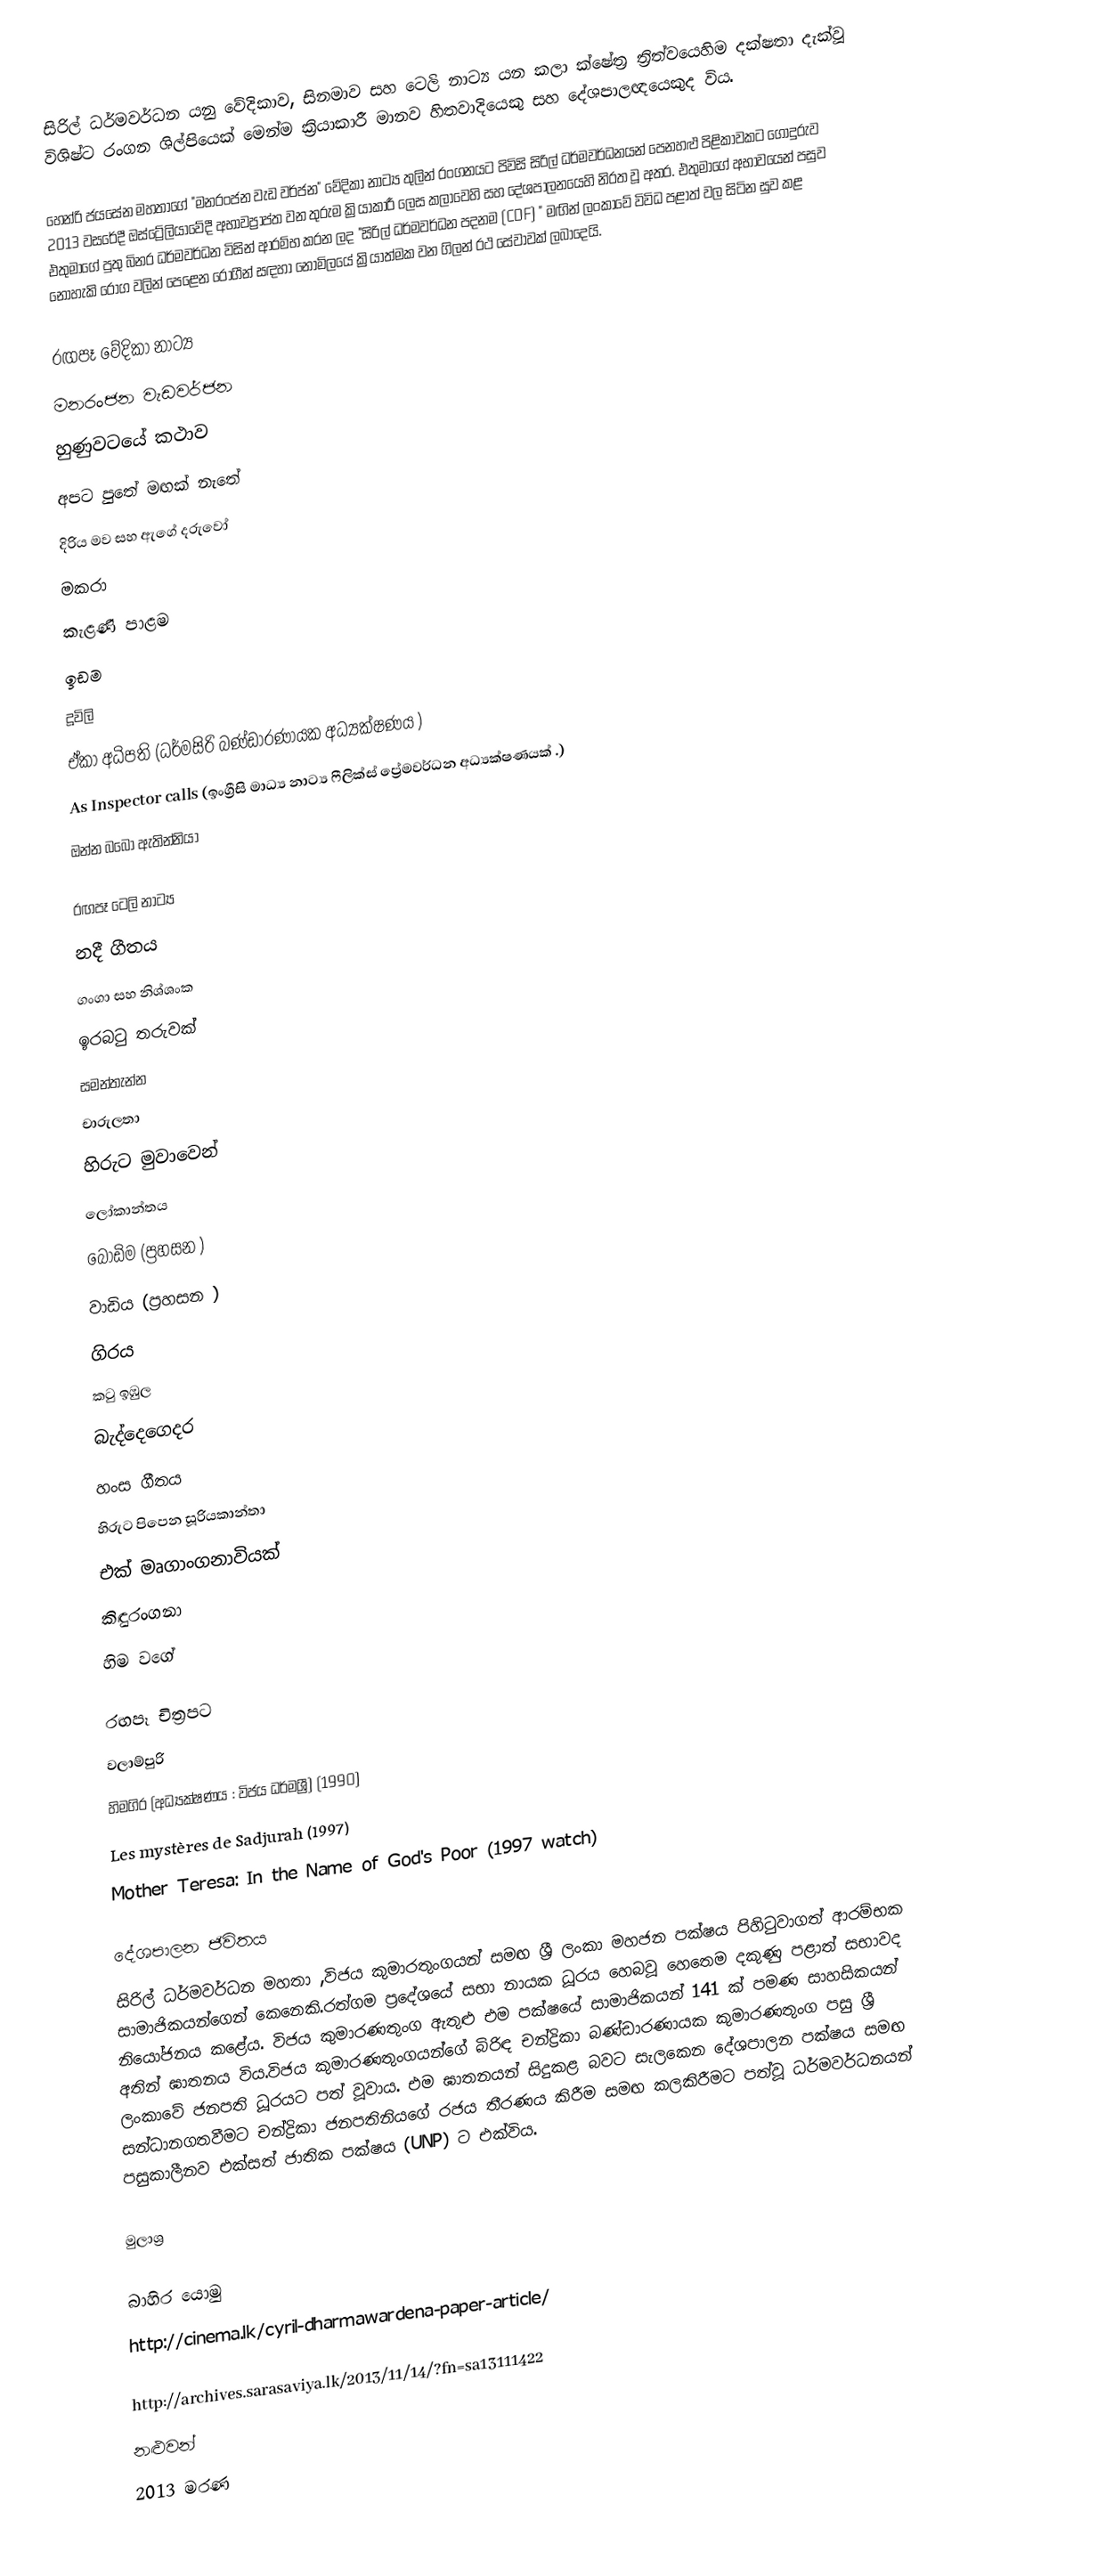
සිරිල් ධර්මවර්ධන යනු වේදිකාව, සිනමාව සහ ටෙලි නාට්‍ය යන කලා ක්ෂේත්‍ර ත්‍රිත්වයෙහිම දක්ෂතා දැක්වූ විශිෂ්ට රංගන ශිල්පියෙක් මෙන්ම ක්‍රියාකාරී මානව හිතවාදියෙකු සහ දේශපාලඥයෙකුද විය.

හෙන්රි ජයසේන මහතාගේ "මනරංජන වැඩ වර්ජන" වේදිකා නාට්‍ය තුලින් රංගනයට පිවිසි සිරිල් ධර්මවර්ධනයන් පෙනහළු පිළිකාවකට ගොදුරුව 2013 වසරේදී ඔස්ට්‍රේලියාවේදී අභාවප්‍රාප්ත වන තුරුම ක්‍රියාකාරී ලෙස කලාවෙහි සහ දේශපාලනයෙහි නිරත වූ අතර. එතුමාගේ අභාවයෙන් පසුව එතුමාගේ පුතු බිනර ධර්මවර්ධන විසින් ආරම්භ කරන ලද "සිරිල් ධර්මවර්ධන පදනම (CDF) " මඟින් ලංකාවේ විවිධ පළාත් වල සිටින සුව කළ නොහැකි රෝග වලින් පෙළෙන රෝගීන් සඳහා නොමිලයේ ක්‍රියාත්මක වන ගිලන් රථ සේවාවක් ලබාදෙයි.

රඟපෑ වේදිකා නාට්‍ය
 මනරංජන වැඩවර්ජන
 හුණුවටයේ කථාව
 අපට පුතේ මඟක්‌ නැතේ
 දිරිය මව සහ ඇගේ දරුවෝ
 මකරා
 කැළණි පාළම
 ඉඩම
 දූවිලි
ඒකා අධිපති (ධර්මසිරි බණ්ඩාරණායක අධ්‍යක්ෂණය )
As Inspector calls (ඉංග්‍රීසි මාධ්‍ය නාට්‍ය ෆීලික්ස් ප්‍රේමවර්ධන අධ්‍යක්ෂණයක් .)
ඔන්න බබෝ ඇතින්නියා

රඟපෑ ටෙලි නාට්‍ය
 නදී ගීතය
 ගංගා සහ නිශ්ශංක
 ඉරබටු තරුවක්‌
 සමන්තැන්න
චාරුලතා
 හිරුට මුවාවෙන්
 ලෝකාන්තය
 බෝඩිම (ප්‍රහසන )
 වාඩිය (ප්‍රහසන )
ගිරය
 කටු ඉඹුල
බැද්දෙගෙදර
හංස ගීතය
හිරුට පිපෙන සූරියකාන්තා
එක් මෘගාංගනාවියක්
කිඳුරංගනා
හිම වගේ

රඟපෑ චිත්‍රපට
 වලාම්පුරි
හිමගිර (අධ්‍යක්ෂණය : විජය ධර්මශ්‍රී) (1990)
Les mystères de Sadjurah (1997)
Mother Teresa: In the Name of God's Poor (1997 watch)

දේශපාලන ජිවිතය
සිරිල් ධර්මවර්ධන මහතා ,විජය කුමාරතුංගයන් සමඟ ශ්‍රී ලංකා මහජන පක්ෂය පිහිටුවාගත් ආරම්භක සාමාජිකයන්ගෙන් කෙනෙකි.රත්ගම ප්‍රදේශයේ සභා නායක ධූරය හෙබවූ හෙතෙම දකුණු පළාත් සභාවද නියෝජනය කළේය. විජය කුමාරණතුංග ඇතුළු එම පක්ෂයේ සාමාජිකයන් 141 ක් පමණ සාහසිකයන් අතින් ඝාතනය විය.විජය කුමාරණතුංගයන්ගේ බිරිඳ  චන්ද්‍රිකා බණ්ඩාරණායක කුමාරණතුංග පසු ශ්‍රී ලංකාවේ ජනපති ධූරයට පත් වූවාය. එම ඝාතනයන් සිදුකළ බවට  සැලකෙන දේශපාලන පක්ෂය සමඟ සන්ධානගතවීමට චන්ද්‍රිකා ජනපතිනියගේ රජය තීරණය කිරීම සමඟ කලකිරීමට පත්වූ ධර්මවර්ධනයන් පසුකාලීනව එක්සත් ජාතික පක්ෂය (UNP) ට එක්විය.

මුලාශ්‍ර

බාහිර යොමු
http://cinema.lk/cyril-dharmawardena-paper-article/

http://archives.sarasaviya.lk/2013/11/14/?fn=sa13111422
නළුවන්
2013 මරණ